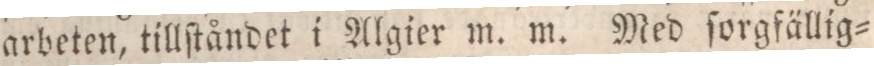
arbeten, tillſtåndet i Algier m. m. Med ſorgfällig=